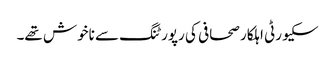
سکیورٹی اہلکار صحافی کی رپورٹنگ سے ناخوش تھے۔